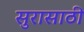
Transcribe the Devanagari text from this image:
सुरासाठी